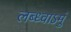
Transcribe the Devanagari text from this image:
लब्ध्वाऽमुं